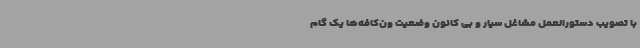
با تصویب دستورالعمل مشاغل سیار و بی کانون وضعیت ون‌کافه‌ها یک گام